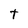
Character: t